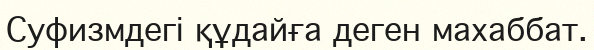
Суфизмдегі құдайға деген махаббат.